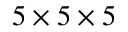
5 \times 5 \times 5